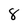
Character: 8